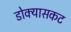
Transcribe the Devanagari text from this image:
डोक्यासकट